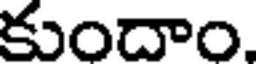
కుందాం.